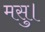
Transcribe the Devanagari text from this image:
मसु।